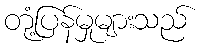
တုံ့ပြန်မှုများသည်